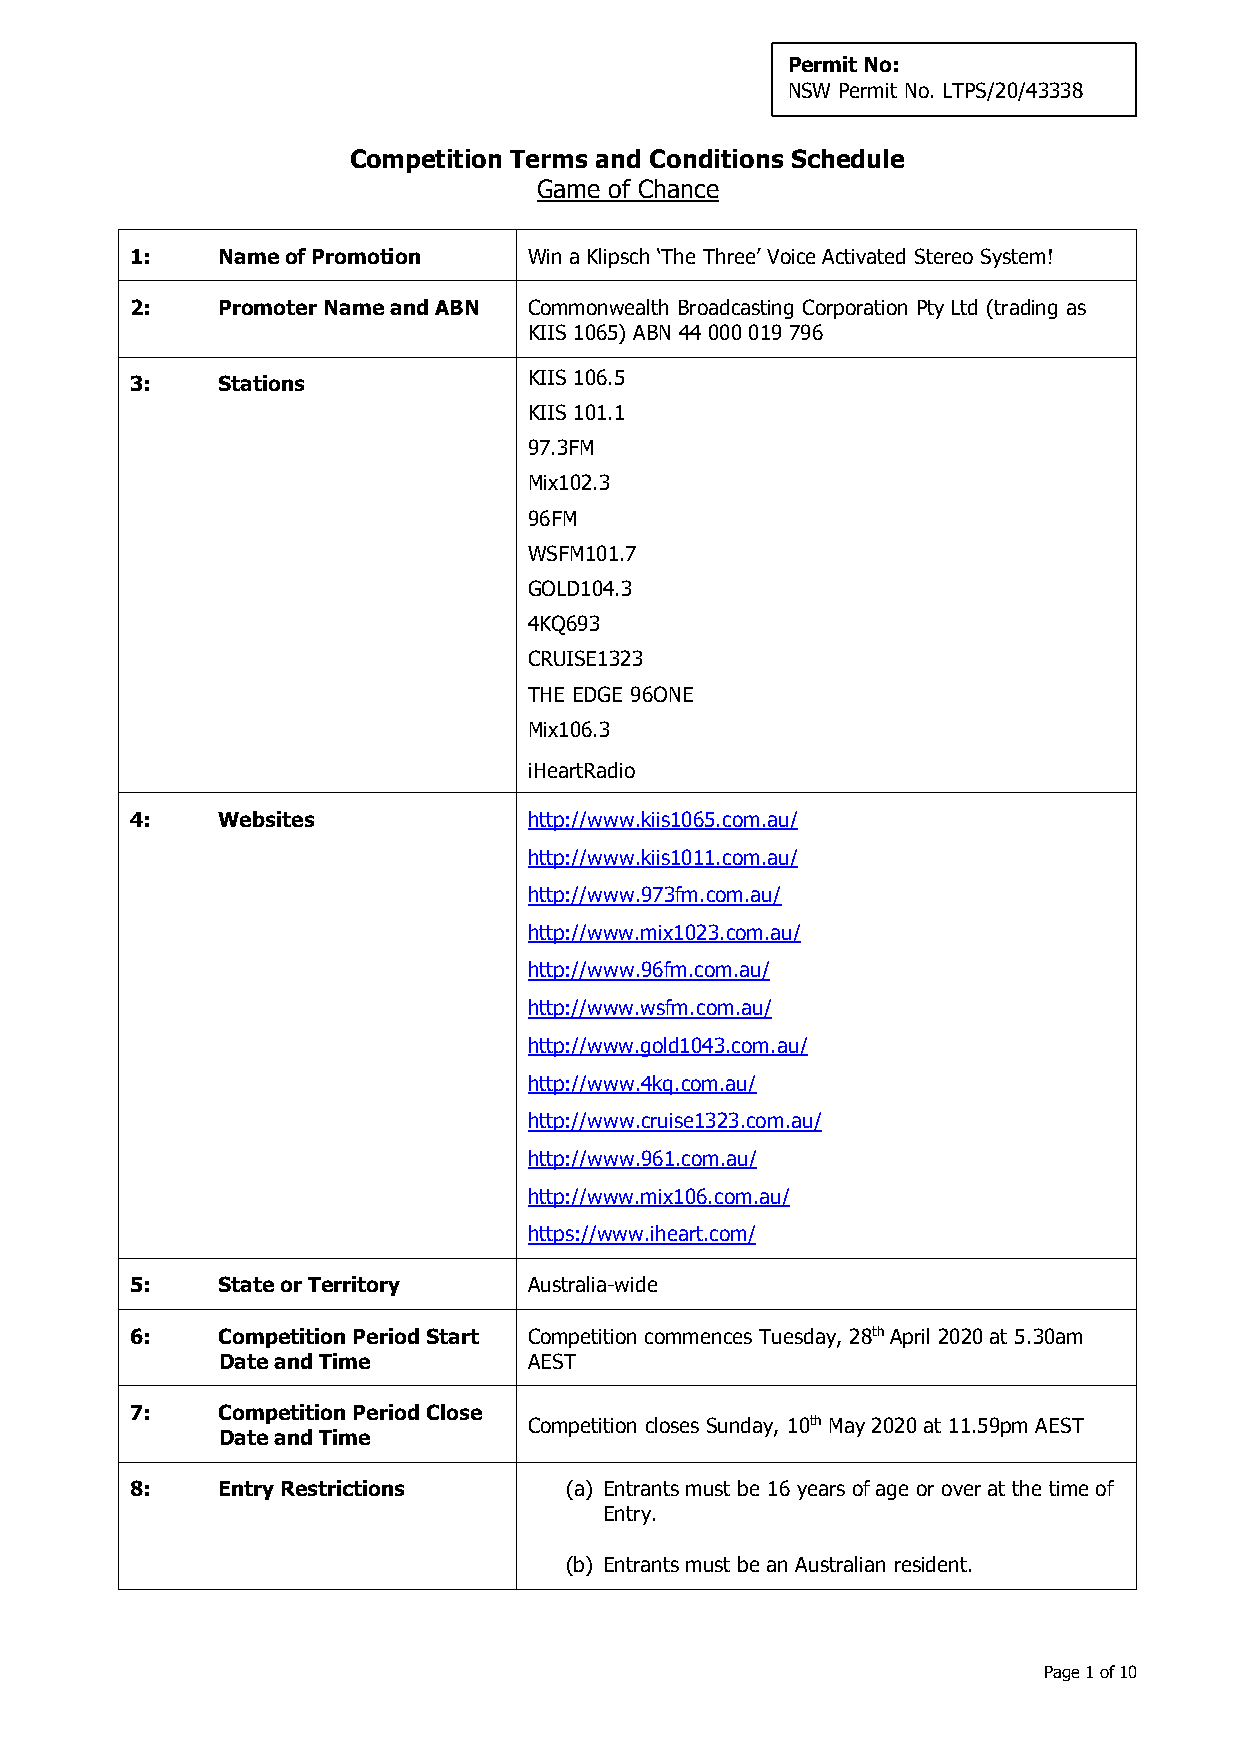
Permit No:
 NSW Permit No. LTPS/20/43338
 Competition Terms and Conditions Schedule
 Game of Chance
 1:   Name of Promotion    Win a Klipsch ‘The Three’ Voice Activated Stereo System!
 2:   Promoter Name and ABN Commonwealth Broadcasting Corporation Pty Ltd (trading as
 KIIS 1065) ABN 44 000 019 796
 3:   Stations             KIIS 106.5
 KIIS 101.1
 97.3FM
 Mix102.3
 96FM
 WSFM101.7
 GOLD104.3
 4KQ693
 CRUISE1323
 THE EDGE 96ONE
 Mix106.3
 iHeartRadio
 4:   Websites             http://www.kiis1065.com.au/
 http://www.kiis1011.com.au/
 http://www.973fm.com.au/
 http://www.mix1023.com.au/
 http://www.96fm.com.au/
 http://www.wsfm.com.au/
 http://www.gold1043.com.au/
 http://www.4kq.com.au/
 http://www.cruise1323.com.au/
 http://www.961.com.au/
 http://www.mix106.com.au/
 https://www.iheart.com/
 5:   State or Territory   Australia-wide
 6:   Competition Period Start Competition commences Tuesday, 28th April 2020 at 5.30am
 Date and Time        AEST
 7:   Competition Period Close
 Competition closes Sunday, 10th May 2020 at 11.59pm AEST
 Date and Time
 8:   Entry Restrictions     (a) Entrants must be 16 years of age or over at the time of
 Entry.
 (b) Entrants must be an Australian resident.
 Page 1 of 10